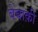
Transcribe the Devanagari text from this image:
बेबाक़ी